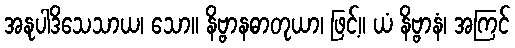
အနုပါဒိသေသာယ၊ သော။ နိဗ္ဗာနဓာတုယာ၊ ဖြင့်။ ယံ နိဗ္ဗာနံ၊ အကြင်